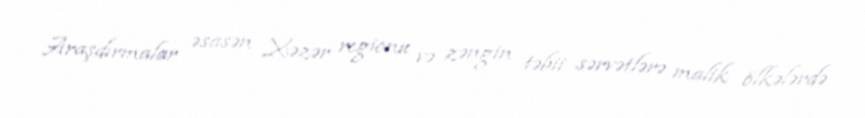
Araşdırmalar əsasən Xəzər regionu və zəngin təbii sərvətlərə malik ölkələrdə